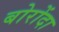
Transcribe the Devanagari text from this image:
बोरोंदा